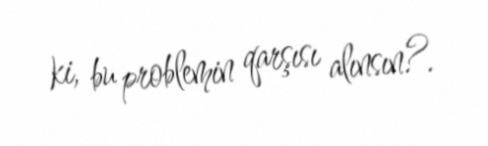
ki, bu problemin qarşısı alınsın?.